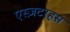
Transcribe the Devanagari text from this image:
एस्ज़टरहस